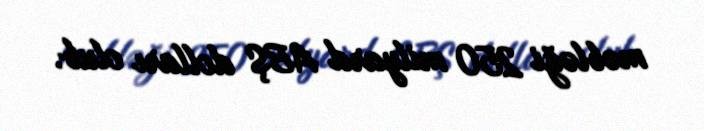
məbləği 250 milyard ABŞ dolları olub.